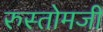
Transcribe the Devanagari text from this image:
रुस्तोमजी